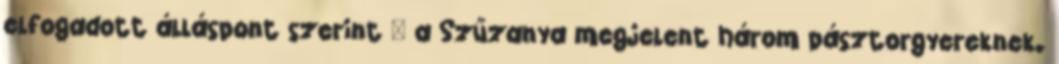
elfogadott álláspont szerint – a Szűzanya megjelent három pásztorgyereknek.